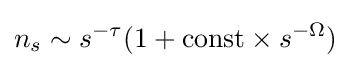
n_{s}\sim s^{-\tau }(1+{\text{const}}\times s^{-\Omega })\,\!